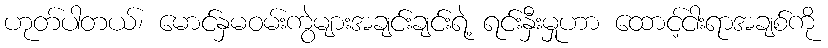
ဟုတ်ပါတယ်၊ မောင်နှမဝမ်းကွဲများအချင်းချင်းရဲ့ ရင်းနှီးမှုဟာ ထောင့်ငါးရာအချစ်ကို